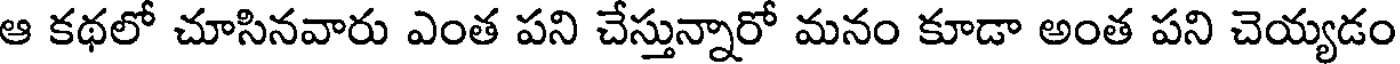
ఆ కథలో చూసినవారు ఎంత పని చేస్తున్నారో మనం కూడా అంత పని చెయ్యడం